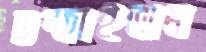
চম্‌কাইতাম